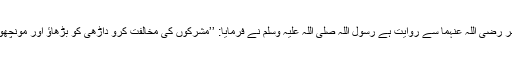
عبد اللہ بن عمر رضی اللہ عنہما سے روایت ہے رسول اللہ صلی اللہ علیہ وسلم نے فرمایا: ’’مشرکوں کی مخالفت کرو داڑھی کو بڑھاؤ اور مونچھوں کو کٹواؤ‘‘۔